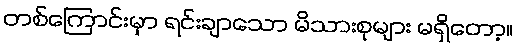
တစ်ကြောင်းမှာ ရင်းချာသော မိသားစုများ မရှိတော့။